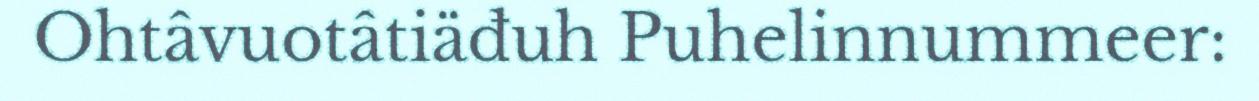
Ohtâvuotâtiäđuh Puhelinnummeer: